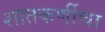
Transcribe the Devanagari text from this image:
शातकर्णीचा